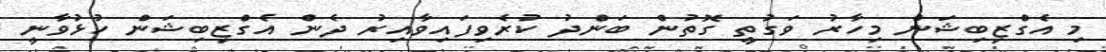
މި އެގްޒިބިޝަން މިހާރު ވަގުތީ ގޮތުން ބަންދު ކުރެވިފައިވާއިރު ދެން އެގްޒިބިޝަން ހުޅުވާނީ